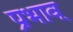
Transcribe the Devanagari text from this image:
प्रभाव्